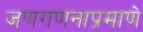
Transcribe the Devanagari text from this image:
जणगणनाप्रमाणे